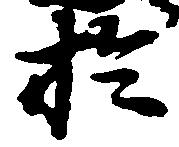
於